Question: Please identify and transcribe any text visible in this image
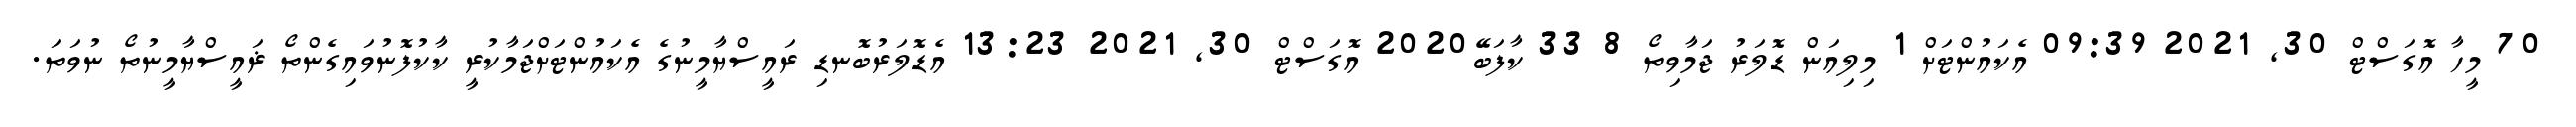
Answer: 70 މީހާ އޮގަސްޓް 30, 2021 09:39 އެކައުންޓަށް 1 މިލިއަން ޑޮލަރު ޖަމާވިތޯ 8 33 ކާފަބޭ2020 އޮގަސްޓް 30, 2021 13:23 އެޑޮލަރުބޮނޑި ރައީސްޔާމީނުގެ އެކައުންޓަށްޖަމާކުރީ ކާކުފޮނުވައިގެންތޯ ޜައީސްޔާމީނުތޯ ނުވަތަ.